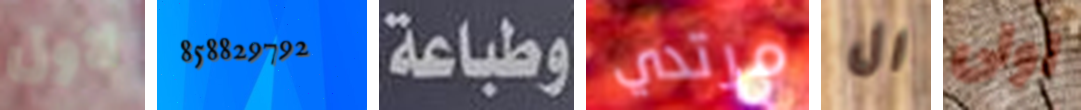
لاول 858829792 وطباعة مرتدي ال اولى